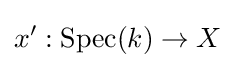
x':{\text{Spec}}(k)\to X